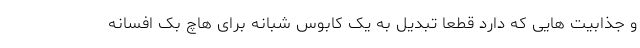
و جذابیت هایی که دارد قطعا تبدیل به یک کابوس شبانه برای هاچ بک افسانه